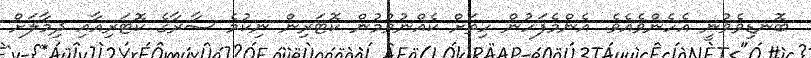
ބޮނޑިވެވުނީ އެހެންވެއެވެ. އެންމެފަހުން ހިތަށް ކެއްނުވުމުން ކޮޓަރިން ނިކުމެ ސާރާގެ ކޮޓަރިއާއި ދިމާލަށް